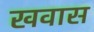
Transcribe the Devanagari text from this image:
खवास